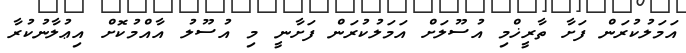
އަމަލުކުރަން ފަށާ ތާރީޚްމި އުސޫލަށް އަމަލުކުރަން ފަށާނީ މި އުސޫލު އާއްމުކޮށް އިޢުލާނުކުރާ